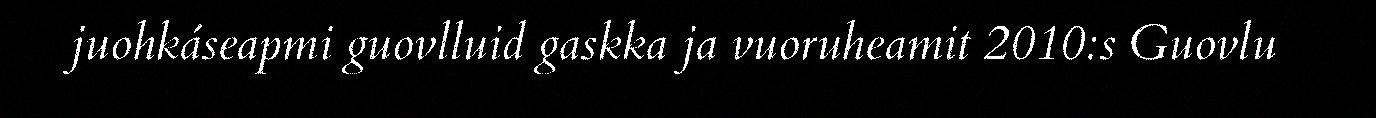
juohkáseapmi guovlluid gaskka ja vuoruheamit 2010:s Guovlu